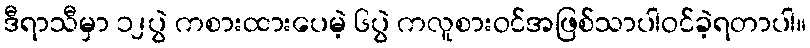
ဒီရာသီမှာ ၁၂ပွဲ ကစားထားပေမဲ့ ၆ပွဲ ကလူစားဝင်အဖြစ်သာပါဝင်ခဲ့ရတာပါ။